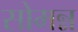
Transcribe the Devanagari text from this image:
सोमन्न